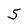
Character: 5